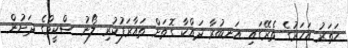
ހަތަރު އަހަރުގެ ތެރޭގައި އަނބުރާ ދައްކާ ގޮތަށް ތައާރަފުކުރި ލޯނު ސްކީމްގެ ދަށުން